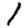
Digit: 1